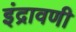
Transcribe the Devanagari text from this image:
इंद्रावणी